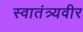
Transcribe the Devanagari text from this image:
स्‍वातंत्र्यवीर